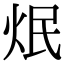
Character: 𤇜